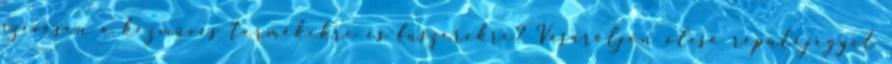
szívesen a kézműves termékekre és fűszerekre? Vásároljon olcsó repülőjegyet